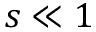
s \ll 1